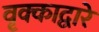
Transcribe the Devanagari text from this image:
वृक्काद्वारे